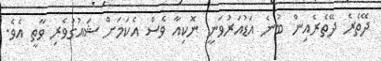
ދޭތެރެ ދޭތެރެއިން ބުނެ އަޑުއަރުވަނީ ނޮކިއާ ވެސް އެކަމަށް ޝައުގުވެރި ވާތީ އެވެ.